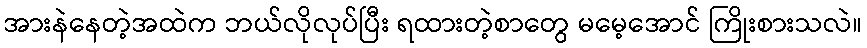
အားနဲနေတဲ့အထဲက ဘယ်လိုလုပ်ပြီး ရထားတဲ့စာတွေ မမေ့အောင် ကြိုးစားသလဲ။